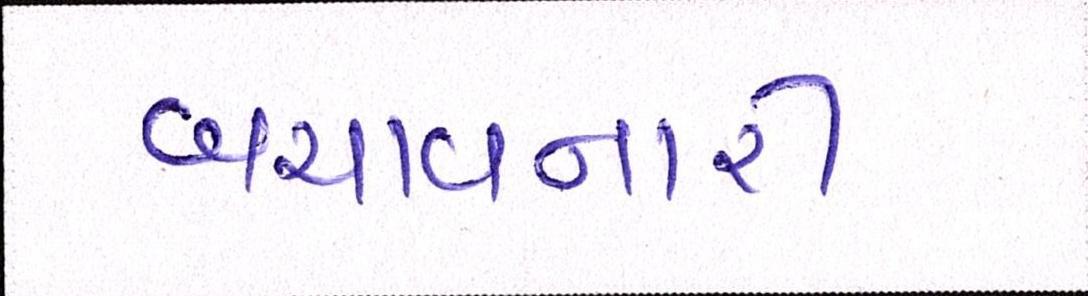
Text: બચાવનારી